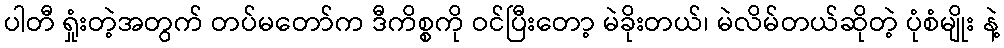
ပါတီ ရှုံးတဲ့အတွက် တပ်မတော်က ဒီကိစ္စကို ဝင်ပြီးတော့ မဲခိုးတယ်၊ မဲလိမ်တယ်ဆိုတဲ့ ပုံစံမျိုး နဲ့